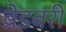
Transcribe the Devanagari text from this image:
ब्रेडबरी